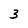
Character: 3